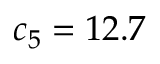
c _ { 5 } = 1 2 . 7